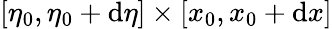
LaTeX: [\eta_{0},\eta_{0}+\mathrm{d}\eta]\times[x_{0},x_{0}+\mathrm{d}x]